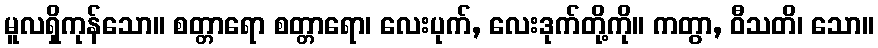
မူလရှိကုန်သော။ စတ္တာရော စတ္တာရော၊ လေးပုက်, လေးဒုက်တို့ကို။ ကတွာ, ဝီသတိ၊ သော။